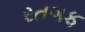
રતગફ